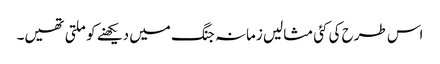
اس طرح کی کئی مثالیں زمانہ جنگ میں دیکھنے کو ملتی تھیں۔